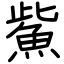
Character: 鮆